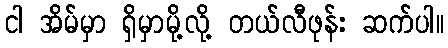
ငါ အိမ်မှာ ရှိမှာမို့လို့ တယ်လီဖုန်း ဆက်ပါ။